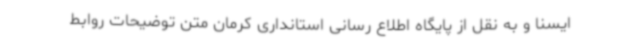
ایسنا و به نقل از پایگاه اطلاع رسانی استانداری کرمان متن توضیحات روابط